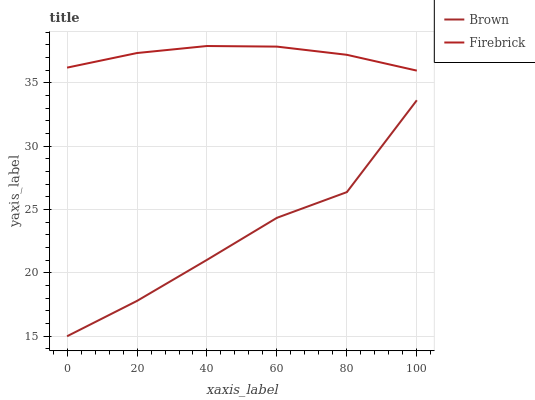
| xaxis_label | Brown | Firebrick |
 | --- | --- | --- |
 | 0 | 15 | 36.2 |
 | 20 | 17.8 | 37.3 |
 | 40 | 21 | 37.9 |
 | 60 | 24.3 | 37.9 |
 | 80 | 26.4 | 37.2 |
 | 100 | 33.6 | 36 |